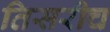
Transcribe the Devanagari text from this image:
तिसरीच